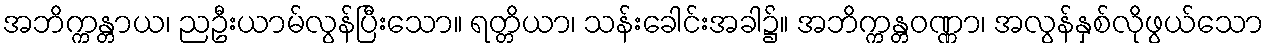
အဘိက္ကန္တာယ၊ ညဦးယာမ်လွန်ပြီးသော။ ရတ္တိယာ၊ သန်းခေါင်းအခါ၌။ အဘိက္ကန္တဝဏ္ဏာ၊ အလွန်နှစ်လိုဖွယ်သော